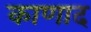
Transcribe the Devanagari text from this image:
काणाद